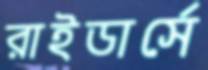
রাইডার্সে